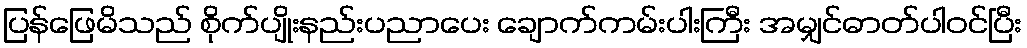
ပြန်ဖြေမိသည် စိုက်ပျိုးနည်းပညာပေး ချောက်ကမ်းပါးကြီး အမျှင်ဓာတ်ပါဝင်ပြီး